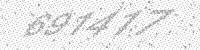
Solution: 691417